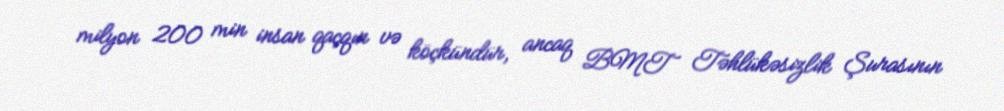
milyon 200 min insan qaçqın və köçkündür, ancaq BMT Təhlükəsizlik Şurasının